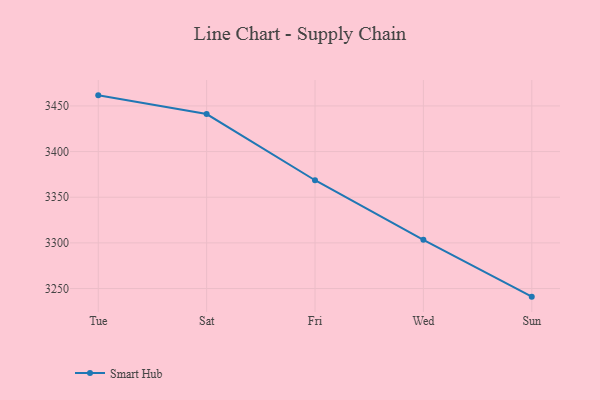
{"axis": {"x": "Day", "y": "Net Income (USD K)"}, "legend": ["Smart Hub"], "data": [{"x": "Tue", "y": 3461.6, "type": "Smart Hub"}, {"x": "Sat", "y": 3441.1, "type": "Smart Hub"}, {"x": "Fri", "y": 3368.6, "type": "Smart Hub"}, {"x": "Wed", "y": 3303.4, "type": "Smart Hub"}, {"x": "Sun", "y": 3241.1, "type": "Smart Hub"}]}